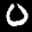
Label: 0